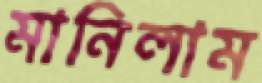
মানিলাম